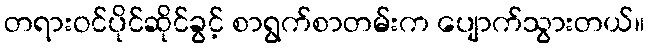
တရားဝင်ပိုင်ဆိုင်ခွင့် စာရွက်စာတမ်းက ပျောက်သွားတယ်။